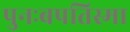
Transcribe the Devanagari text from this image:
पुनःबपतिस्मा